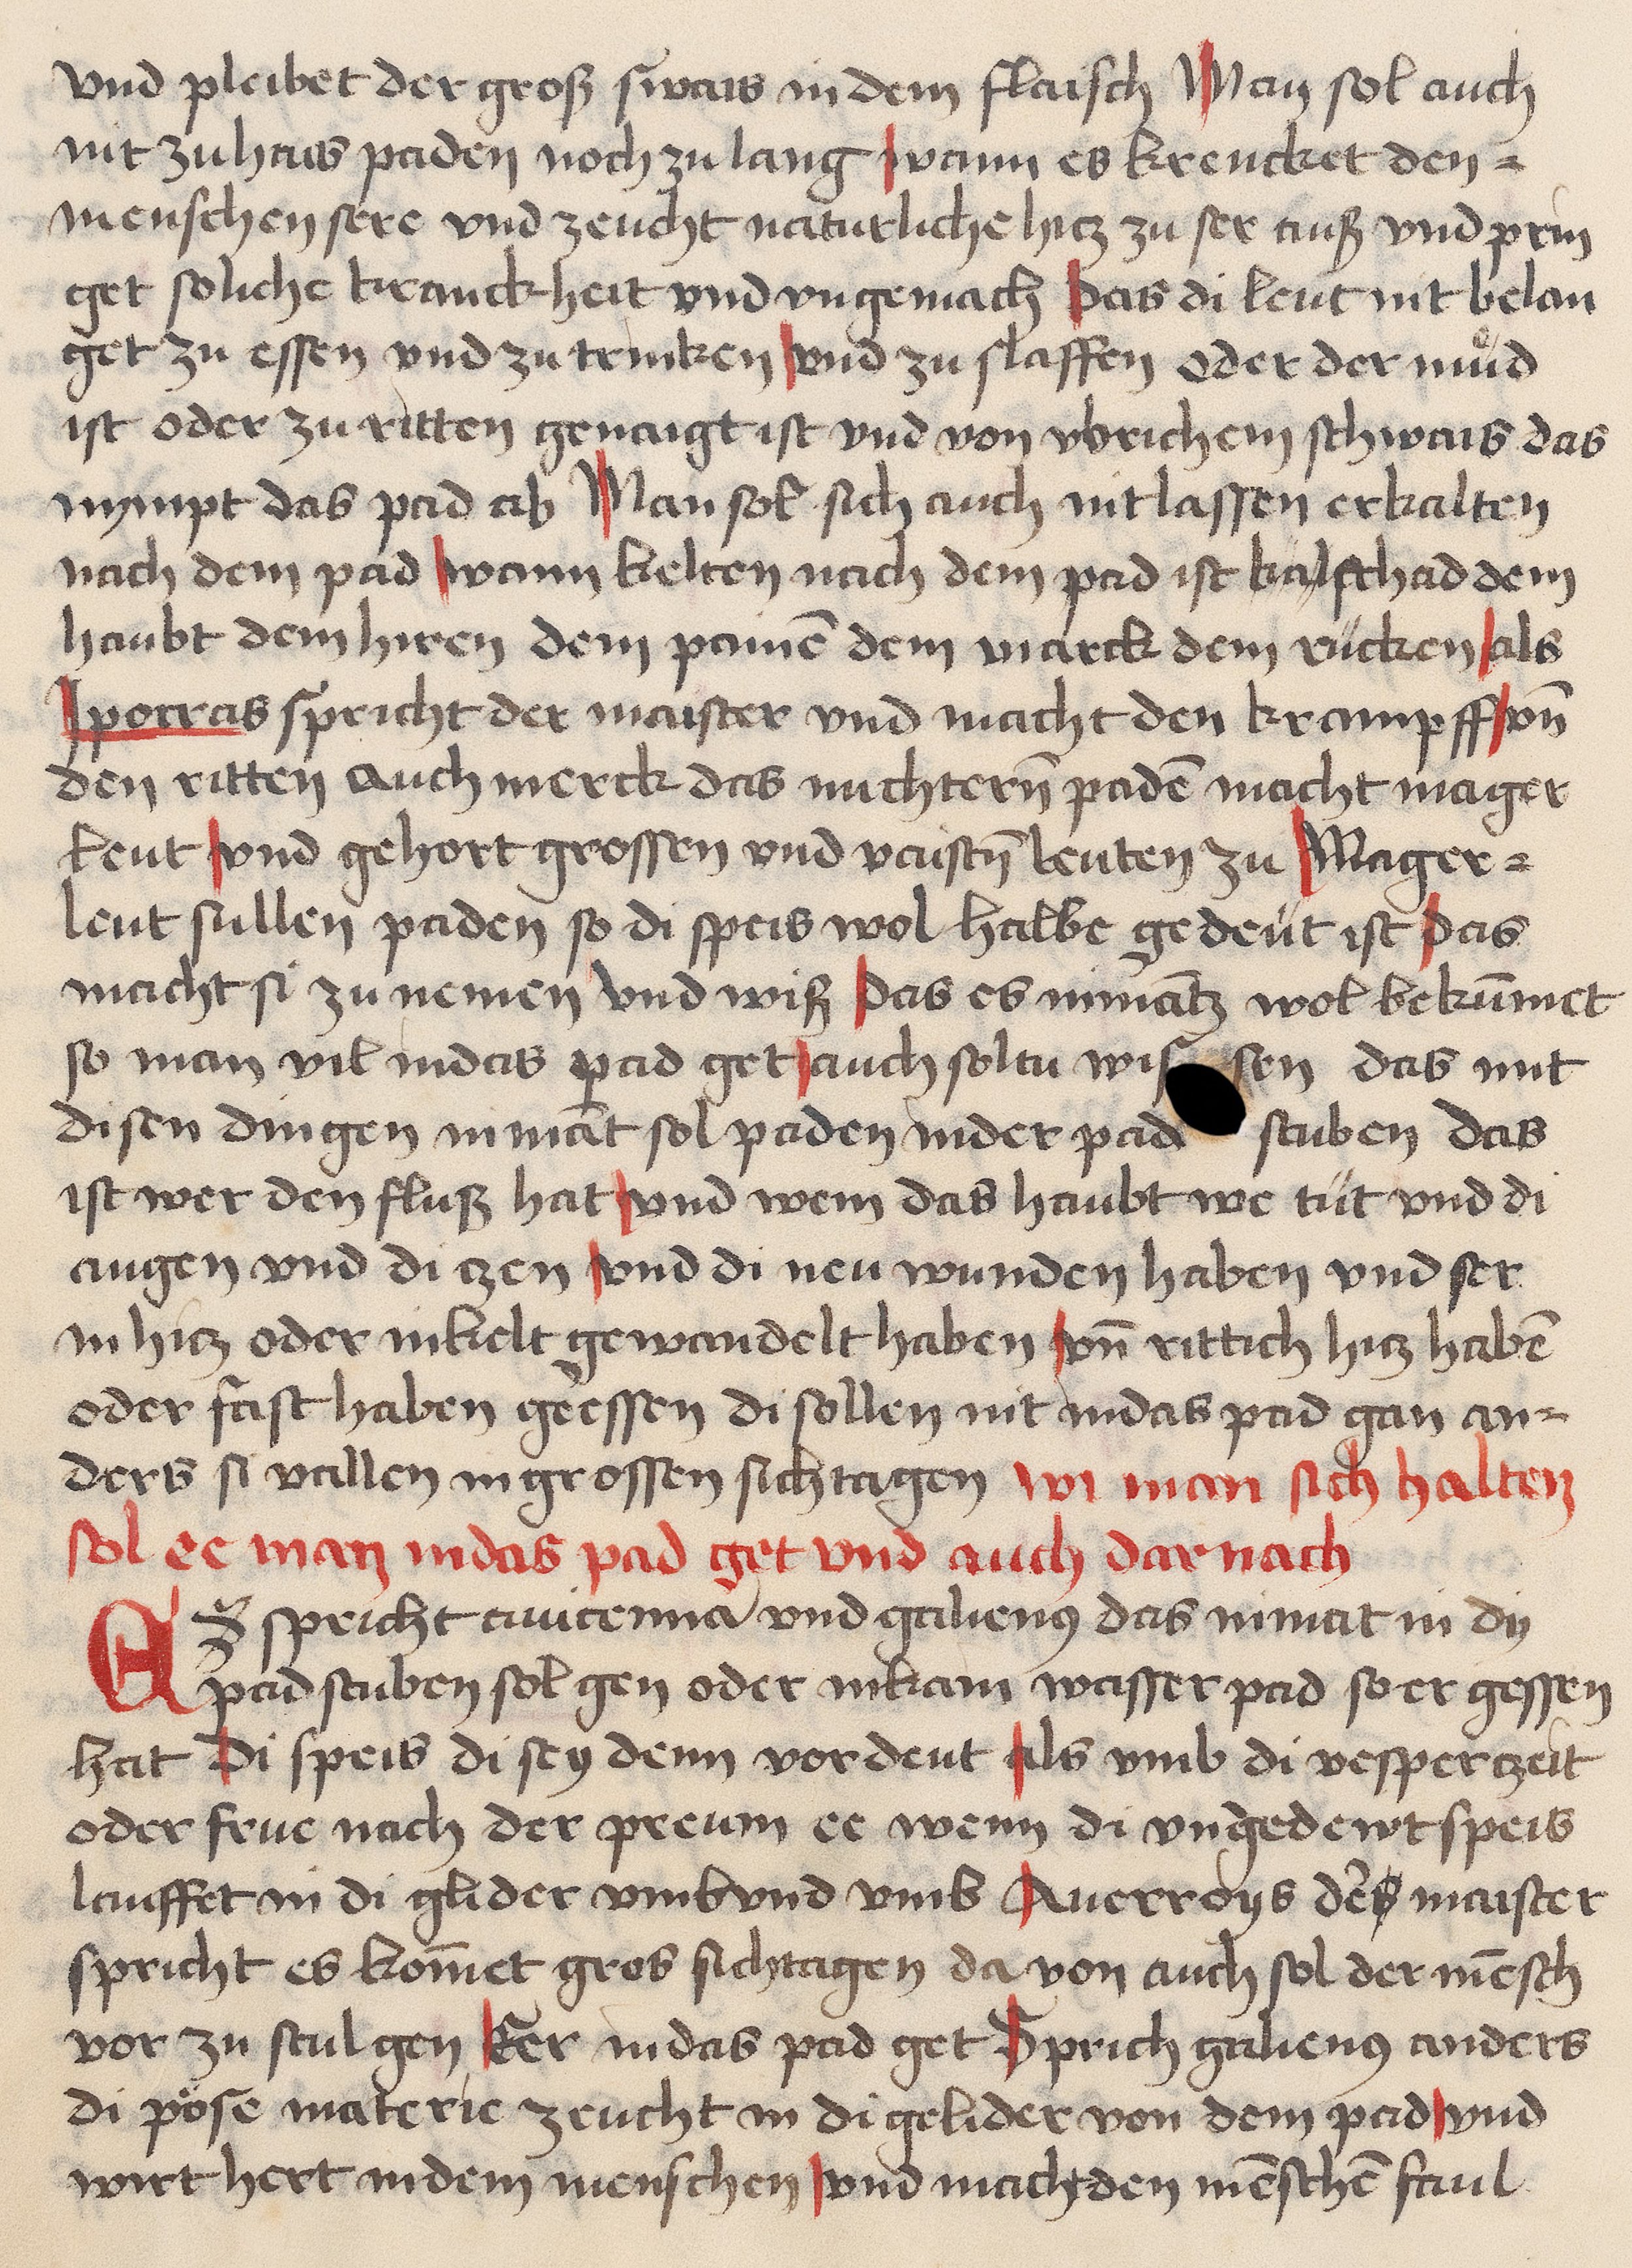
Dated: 1459–1471